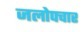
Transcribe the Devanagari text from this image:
जलोपचार